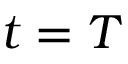
t = T